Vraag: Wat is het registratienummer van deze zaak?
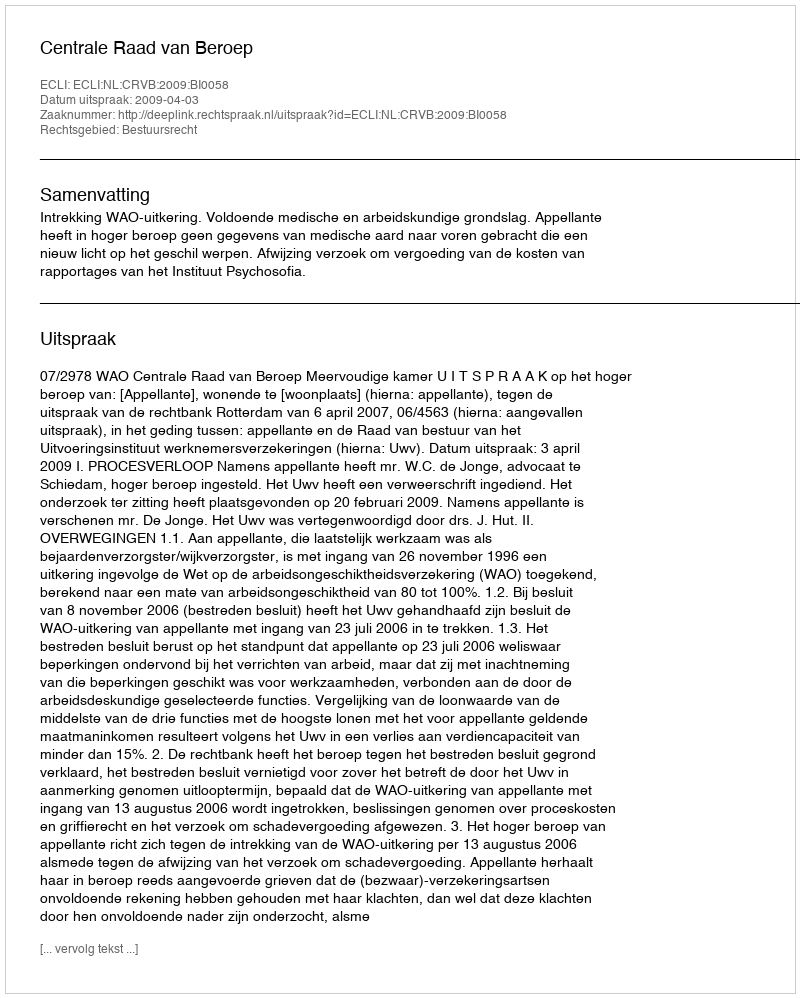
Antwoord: http://deeplink.rechtspraak.nl/uitspraak?id=ECLI:NL:CRVB:2009:BI0058